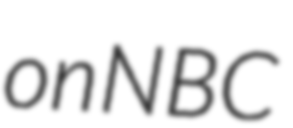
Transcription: on NBC